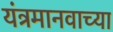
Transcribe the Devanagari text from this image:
यंत्रमानवाच्या